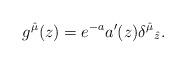
LaTeX: \begin{align*}g^{\hat{\mu}}(z)= e^{-a} a'(z) {\delta^{\hat{\mu}}}_{\hat{z}}. \end{align*}